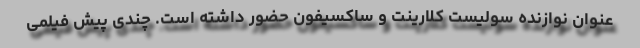
عنوان نوازنده سولیست کلارینت و ساکسیفون حضور داشته است. چندی پیش فیلمی